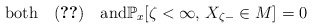
\begin{align*}\textrm{both}\quad\eqref{eq:X-continuous}\quad\textrm{and}\mathbb{P}_{x}[\zeta<\infty,\,X_{\zeta-}\in M]=0\end{align*}